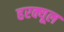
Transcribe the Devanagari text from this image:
हरक्यूल